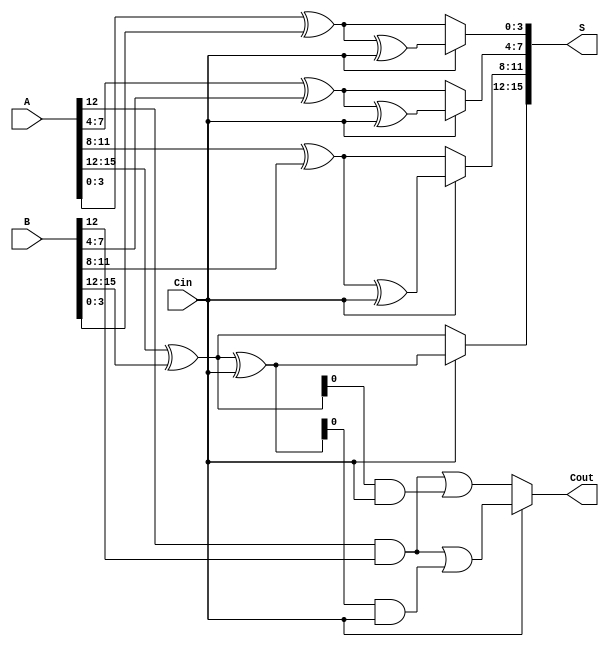
module CarrySelectAdder #(parameter n = 16, parameter m = 4) (
    input [n-1:0] A,
    input [n-1:0] B,
    input Cin,
    output [n-1:0] S,
    output Cout
);

    // Number of segments
    localparam num_segments = n / m;

    // Intermediate sums and carries
    wire [m-1:0] Sum0 [0:num_segments-1];
    wire [m-1:0] Sum1 [0:num_segments-1];
    wire C0 [0:num_segments-1];
    wire C1 [0:num_segments-1];
    wire C_out [0:num_segments-1];

    // Generate the segments
    genvar i;
    generate
        for (i = 0; i < num_segments; i = i + 1) begin : segment
            // Segment inputs
            wire [m-1:0] A_seg = A[i*m +: m];
            wire [m-1:0] B_seg = B[i*m +: m];

            // Calculate Sum and Carry for Cin = 0
            assign Sum0[i] = A_seg ^ B_seg; // Sum when Cin = 0
            assign C0[i] = (A_seg & B_seg) | (Sum0[i] & Cin); // Carry when Cin = 0

            // Calculate Sum and Carry for Cin = 1
            assign Sum1[i] = Sum0[i] ^ Cin; // Sum when Cin = 1
            assign C1[i] = (A_seg & B_seg) | (Sum1[i] & Cin); // Carry when Cin = 1
        end
    endgenerate

    // MUX to select final sum and carry
    wire [n-1:0] final_sum;
    wire final_carry;

    generate
        for (i = 0; i < num_segments; i = i + 1) begin : mux
            assign final_sum[i*m +: m] = (Cin) ? Sum1[i] : Sum0[i];
            assign C_out[i] = (Cin) ? C1[i] : C0[i];
        end
    endgenerate

    // Final carry out
    assign Cout = C_out[num_segments-1];

    // Final sum output
    assign S = final_sum;

endmodule